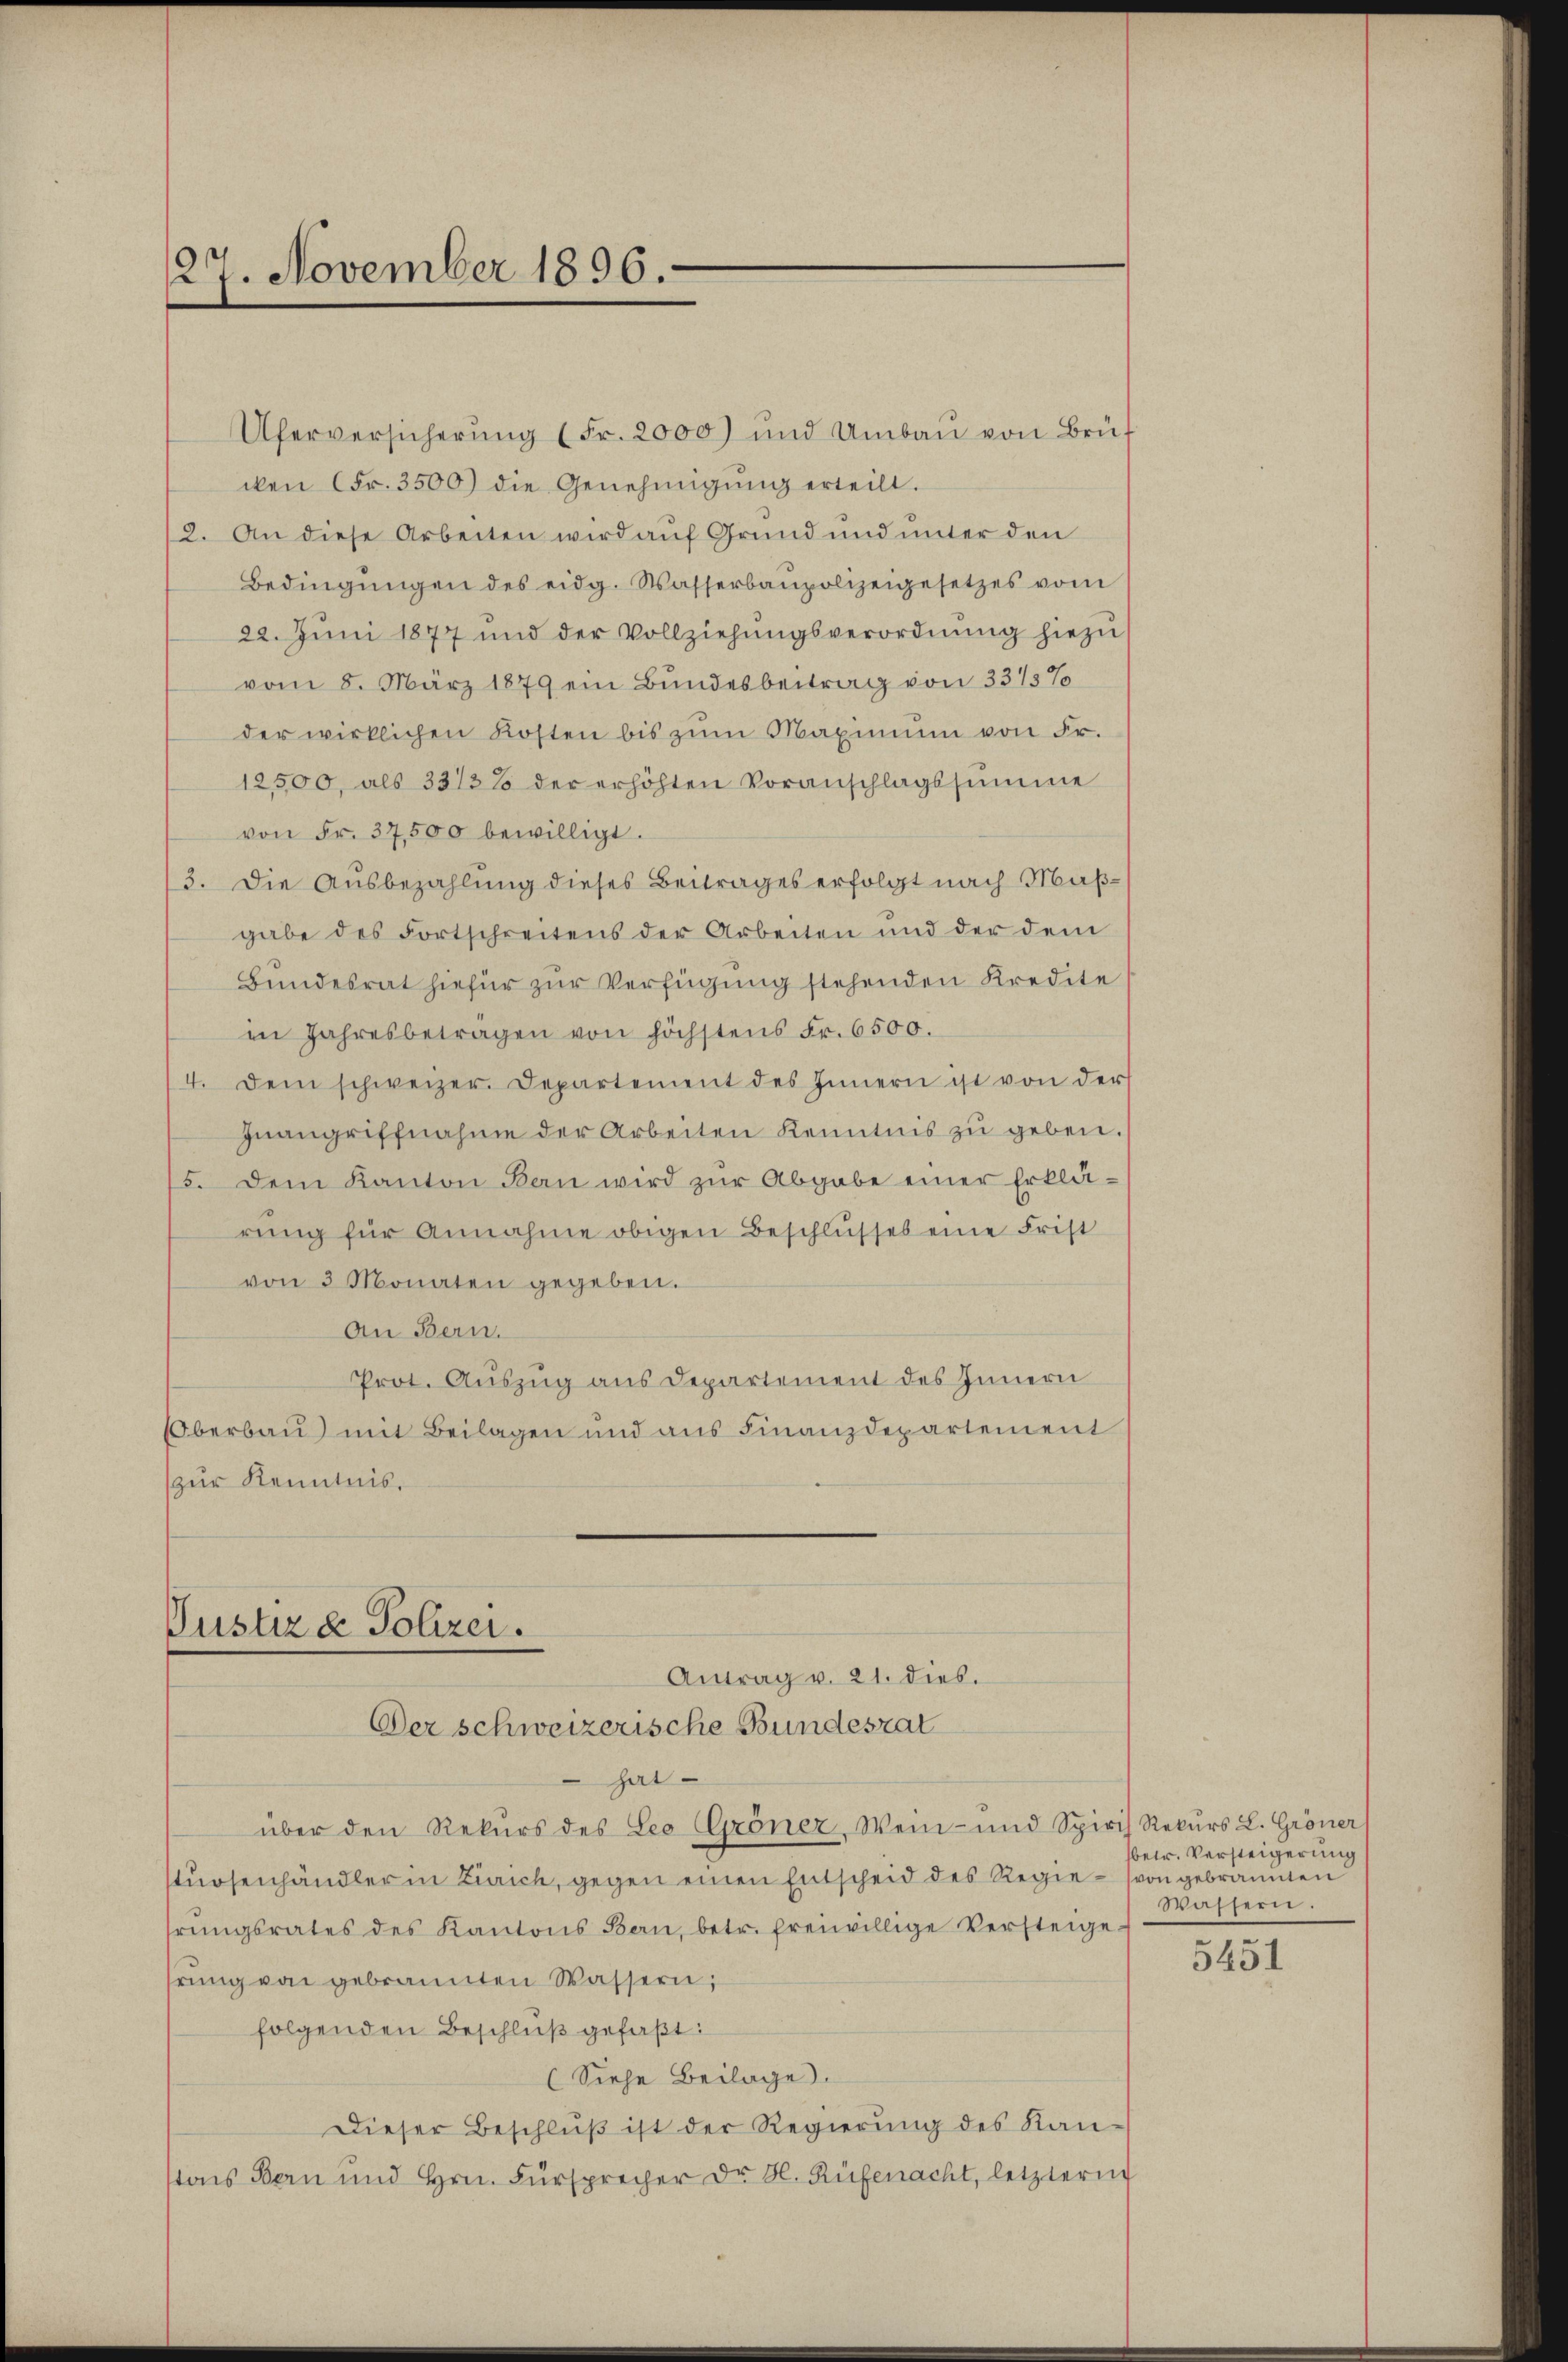
27. November 1896.

Uferversicherung (Fr. 2000) und Umbau von Brüt
cken Fr. 3500 die Genehmigŭng erteilt.
2. An diese Arbeiten wird auf Grund und unter den
Bedingŭngen des eidg. Wasserbaupolizeigesetzes vom
22. Juni 1877 und der Vollziehŭngsverordnŭng hiezu
vom 8. März 1879 ein Bundesbeitrag von 33/3%
der wirklichen Kosten bis zŭm Maximum von Fr.
12500, als 3313% der erhöhten Voranschlagssumme
von Fr. 37,500 bewilligt.
3. Die Ausbezahlung dieses Beitrages erfolgt nach Maßgabe des Fortschreitens der Arbeiten und der dem
Bundesrat hiefür zur Verfügung stehenden Kredite
in Jahresbetragen von höchstens Fr. 6500.
4. Dem schweizer. Departement des Innern ist von der
Inangriffnahme der Arbeiten Kenntnis zu geben.
5. Dem Kanton Bern wird zŭr Abgabe einer Erklä-
rŭng für Annahme obigen Beschlusses eine Frist
von 3 Monaten gegeben.
An Bern.
Prot. Auszug aus Departement des Innern
Oberbau mit Beilagen und aus Finanzdepartement
(zur Kenntnis.

har
über den Rekurs des Leo Grönez, Wein- und Spiris Rekurs L. Gröner
stuosenhändler in Zürich, gegen einen Entscheid des Regie-von gebrannten
hrŭngsrates des Kantons Bern, betr. freiwillige Versteige
hrung von gebrannten Wassern,
folgenden Beschluß gefaßt:
(Siehe Beilage.
Dieser Beschlŭβ ist der Regierŭng des Kan-
stons Bern und Hrn. Fürsprecher Dr. H. Rüfenacht, letztern

Justiz & Polizei.
Antrag v. 21. dies.
Der schweizerische Bundesrat

betr. Versteigerung
Wassern.

5451